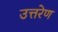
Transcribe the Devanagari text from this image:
उत्तरेण